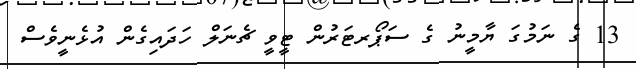
13 ގެ ނަމުގަ ޔާމީނު ގެ ސަޕޯރޓަރުން ޓީވީ ޗެނަލް ހަދައިގެން އުޅެނީވެސް